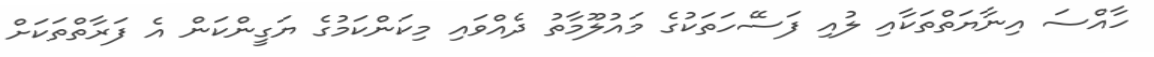
ހާއްސަ އިނާޔަތްތަކާއި ލުއި ފަސޭހަތަކުގެ މައުލޫމާތު ދެއްވައި މިކަންކަމުގެ ޔަގީންކަން އެ ފަރާތްތަކަށް